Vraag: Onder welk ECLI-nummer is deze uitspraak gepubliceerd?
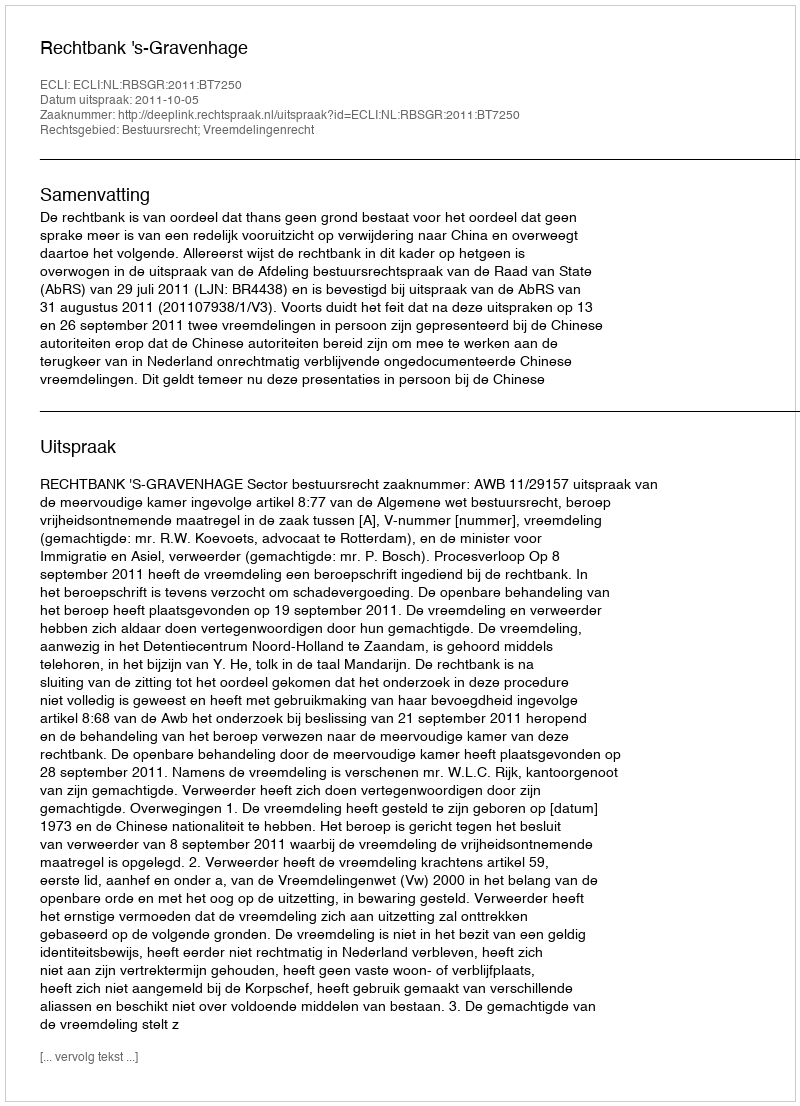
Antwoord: ECLI:NL:RBSGR:2011:BT7250